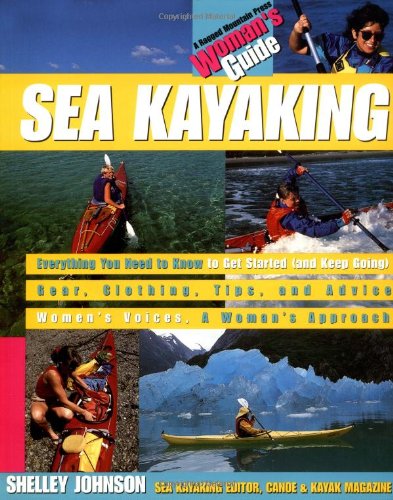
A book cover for Sea Kayaking: A Woman's Guide; Shelley Johnson; Sports & Outdoors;